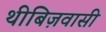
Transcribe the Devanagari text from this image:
थीबिज़वासी